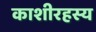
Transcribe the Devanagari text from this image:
काशीरहस्य